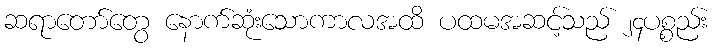
ဆရာတော်တွေ နောက်ဆုံးသောကာလအထိ ပထမအဆင့်သည် ၂၄ပစ္စည်း